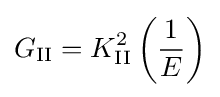
G_{\rm {II}}=K_{\rm {II}}^{2}\left({\frac {1}{E}}\right)